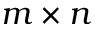
m \times n